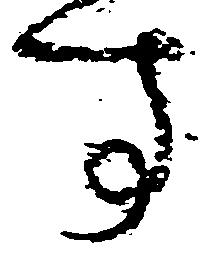
す